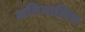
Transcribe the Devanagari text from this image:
अनिमालिस